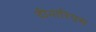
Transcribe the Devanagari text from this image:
दीनारियस